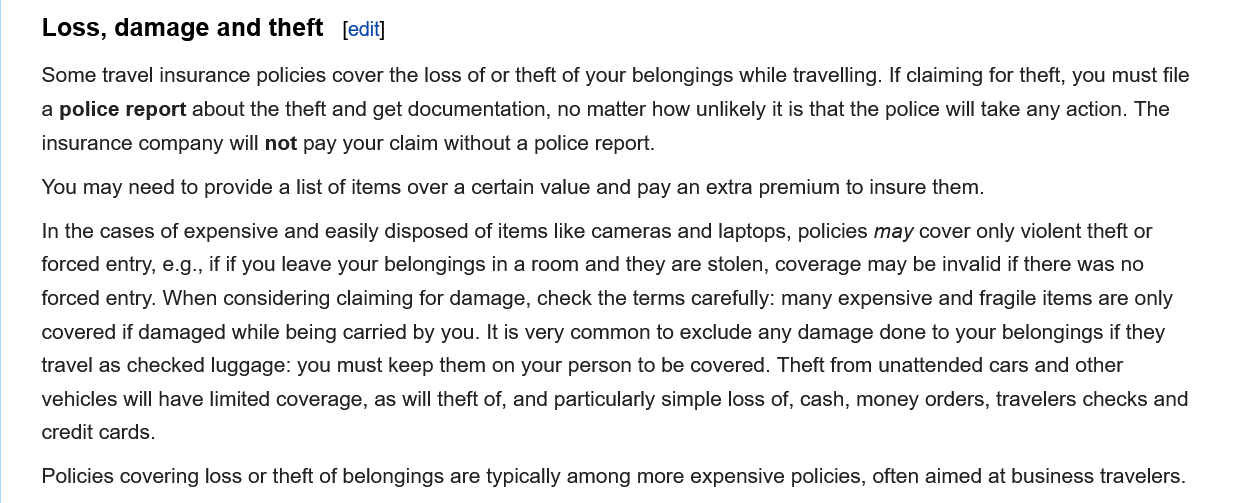
Policies covering loss or theft of belongings are typically among more expensive policies, often aimed at business travelers.
     In the cases of expensive and easily disposed of items like cameras and laptops, policies may cover only violent theft or
     forced entry, e.g., if if you leave your belongings in a room and they are stolen, coverage may be invalid if there was no
     forced entry. When considering claiming for damage, check the terms carefully: many expensive and fragile items are only
     covered if damaged while being carried by you. It is very common to exclude any damage done to your belongings if they
     travel as checked luggage: you must keep them on your person to be covered. Theft from unattended cars and other
     vehicles will have limited coverage, as will theft of, and particularly simple loss of, cash, money orders, travelers checks and
     credit cards.
     You may need to provide a list of items over a certain value and pay an extra premium to insure them.
     Some travel insurance policies cover the loss of or theft of your belongings while travelling. If claiming for theft, you must file
     a police report about the theft and get documentation, no matter how unlikely it is that the police will take any action. The
     insurance company will not pay your claim without a police report.
     Loss,  damage and  theft    [edit]